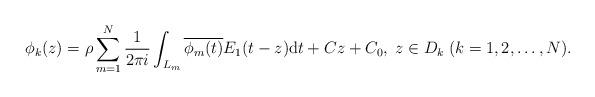
LaTeX: \begin{align*}\phi_k(z) = \rho \sum_{m=1}^N \frac{1}{2\pi i} \int_{L_m} \overline{\phi_m(t)}E_1(t-z) \textrm{d}t+Cz+C_0,\;z \in D_k \;(k=1,2,\ldots, N). \end{align*}